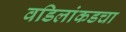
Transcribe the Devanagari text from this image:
वडिलांकडचा